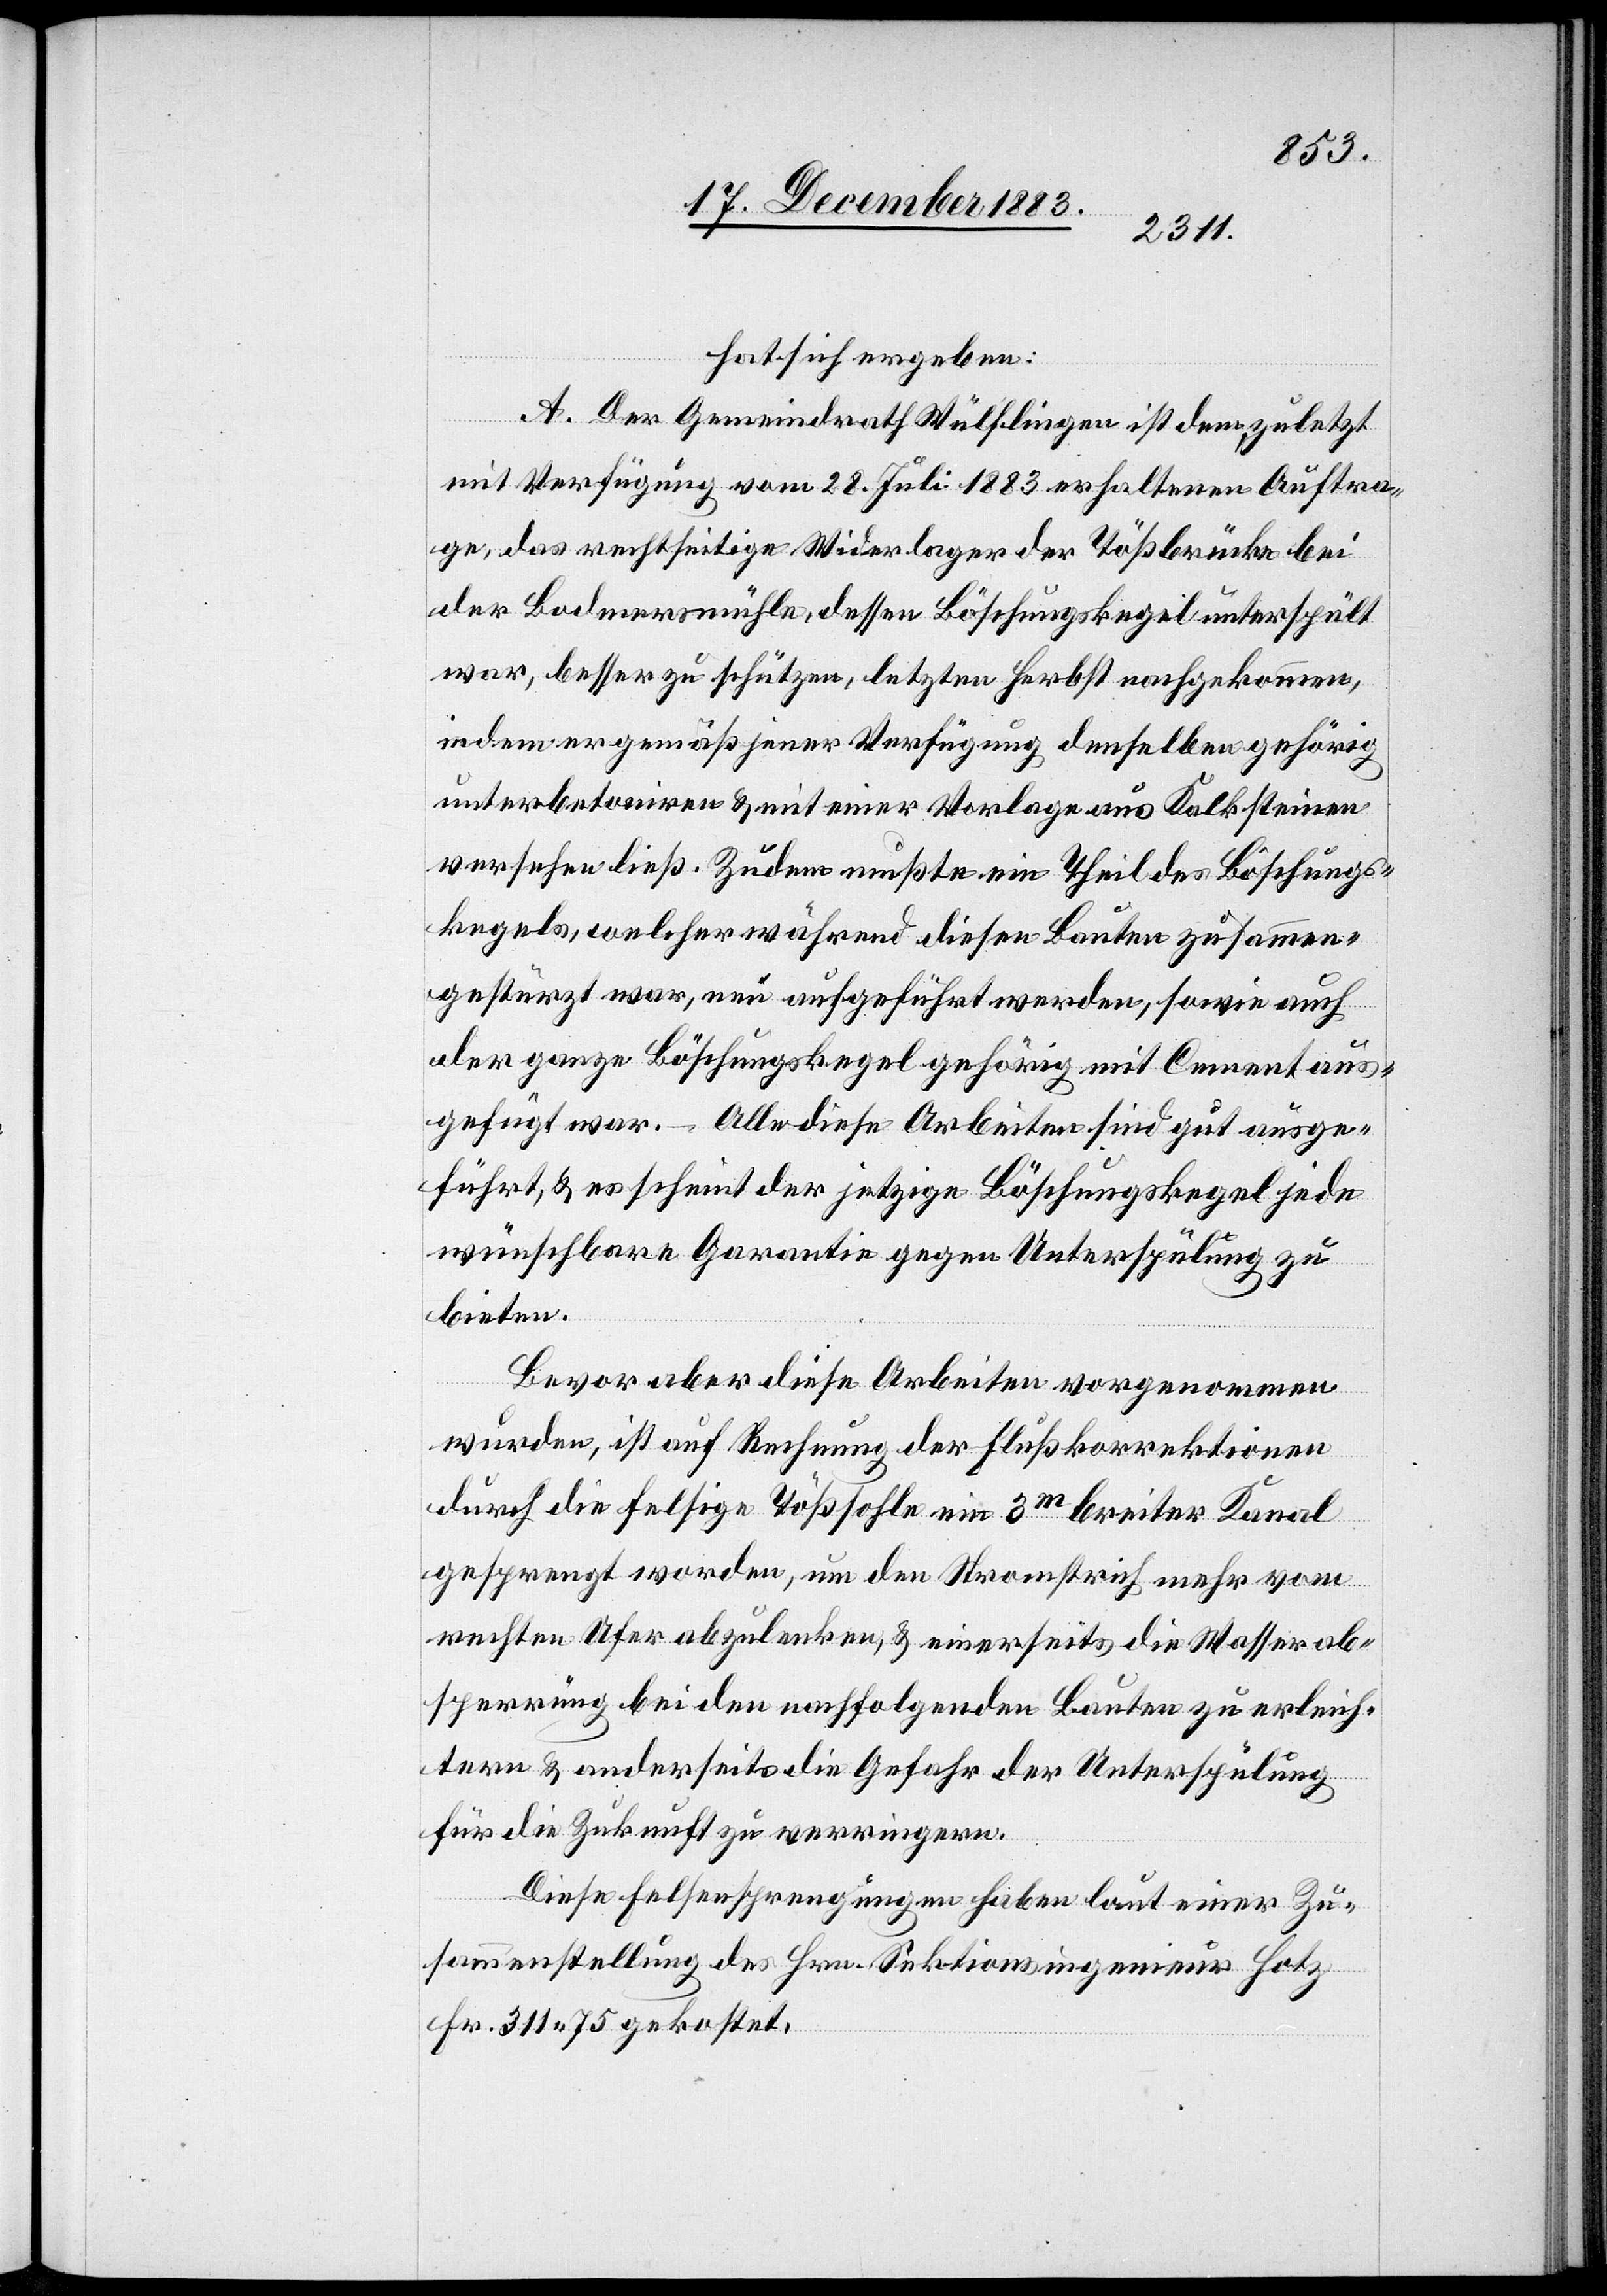
hat sich ergeben:
A. Der Gemeindrath Wülflingen ist dem, zuletzt
mit Verfügung vom 28. Juli 1883 erhaltenen Auftra¬
ge, das rechtseitige Widerlager der Tößbrücke bei
der Bodmersmühle, dessen Böschungskegel unterspült
war, besser zu schützen, letzten Herbst nachgekommen,
indem er gemäß jener Verfügung denselben gehörig
unterbetoniren & mit einer Vorlage aus Kalksteinen
versehen ließ. Zudem mußte ein Theil des Böschungs¬
kegels, welcher während diesen Bauten zusammen¬
gestürzt war, neu aufgeführt werden, sowie auch
der ganze Böschungskegel gehörig mit Cement aus¬
gefügt war. – Alle diese Arbeiten sind gut ausge¬
führt, & es scheint der jetzige Böschungskegel jede
wünschbare Garantie gegen Unterspülung zu
bieten.
Bevor aber diese Arbeiten vorgenommen
wurden, ist auf Rechnung der Flußkorrektionen
durch die felsige Tößsohle ein 3m breiter Kanal
gesprengt worden, um den Stromstrich mehr vom
rechten Ufer abzulenken, & einerseits die Wasserab¬
sperrung bei den nachfolgenden Bauten zu erleich¬
tern & anderseits die Gefahr der Unterspülung
für die Zukunft zu verringern.
Diese Felsensprengungen haben laut einer Zu¬
sammenstellung des Hrn. Sektionsingenieur Hotz
Fr. 311 75 gekostet.